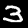
Label: 3